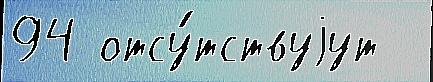
94 отсу́тствуjут